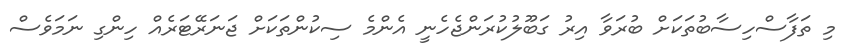
މި ތަފާސްހިސާބުތަކަށް ބުރަވާ އިރު ގަބޫލުކުރަންޖެހެނީ އެންމެ ސިކުންތަކަށް ޖަނަރޭޓަރެއް ހިންގި ނަމަވެސް